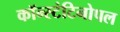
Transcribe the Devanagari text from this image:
कॉन्स्टंटिनोपल